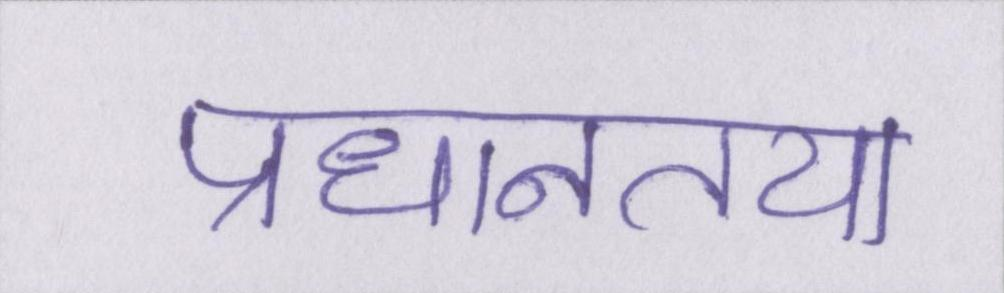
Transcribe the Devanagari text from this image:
प्रधानतया